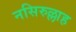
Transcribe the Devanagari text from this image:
नसिरुल्लाह